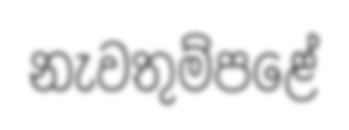
නැවතුම්පළේ